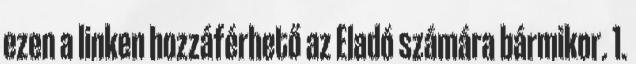
ezen a linken hozzáférhető az Eladó számára bármikor. 1.